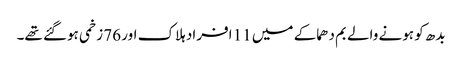
بدھ کو ہونے والے بم دھماکے میں 11 افراد ہلاک اور 76 زخمی ہوگئے تھے۔